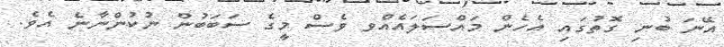
އޭނަ ބުނި ގޮތުގައި އެހެން މައްސަލައެއްވ ވެސް މީގެ ސަބަބުން ނުކުންނާނެ އެވެ.